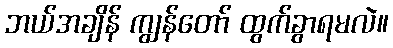
ဘယ်အချိန် ကျွန်တော် ထွက်ခွာရမလဲ။